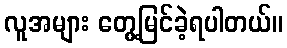
လူအများ တွေ့မြင်ခဲ့ရပါတယ်။